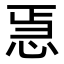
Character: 𭜳